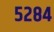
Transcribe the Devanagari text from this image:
५२८४